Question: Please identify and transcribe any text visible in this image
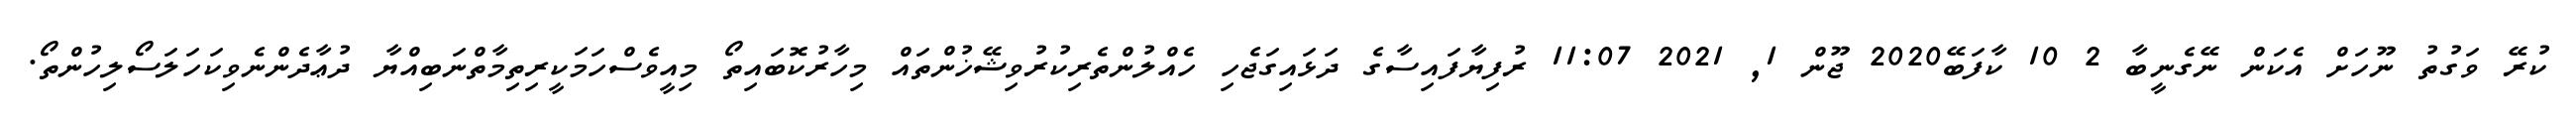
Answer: ކުރޭ ވަގުތު ނޫހަށް އެކަން ނޭގެނީބާ 2 10 ކާފަބޭ2020 ޖޫން 1, 2021 11:07 ރުފިޔާފައިސާގެ ދަޅައިގަޖެހި ހެއްލުންތެރިކުރުވިޝޭޚުންތައް މިހާރުކޮބައިތޯ މިއީވެސްހަމަކީރިތިމާތްނަބިއްޔާ ދުޢާދެންނެވިކަހަލަސޯލިހުންތޯ.